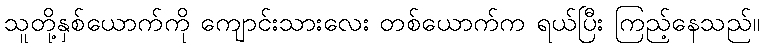
သူတို့နှစ်ယောက်ကို ကျောင်းသားလေး တစ်ယောက်က ရယ်ပြီး ကြည့်နေသည်။